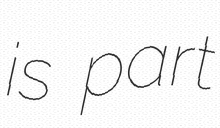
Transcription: is part